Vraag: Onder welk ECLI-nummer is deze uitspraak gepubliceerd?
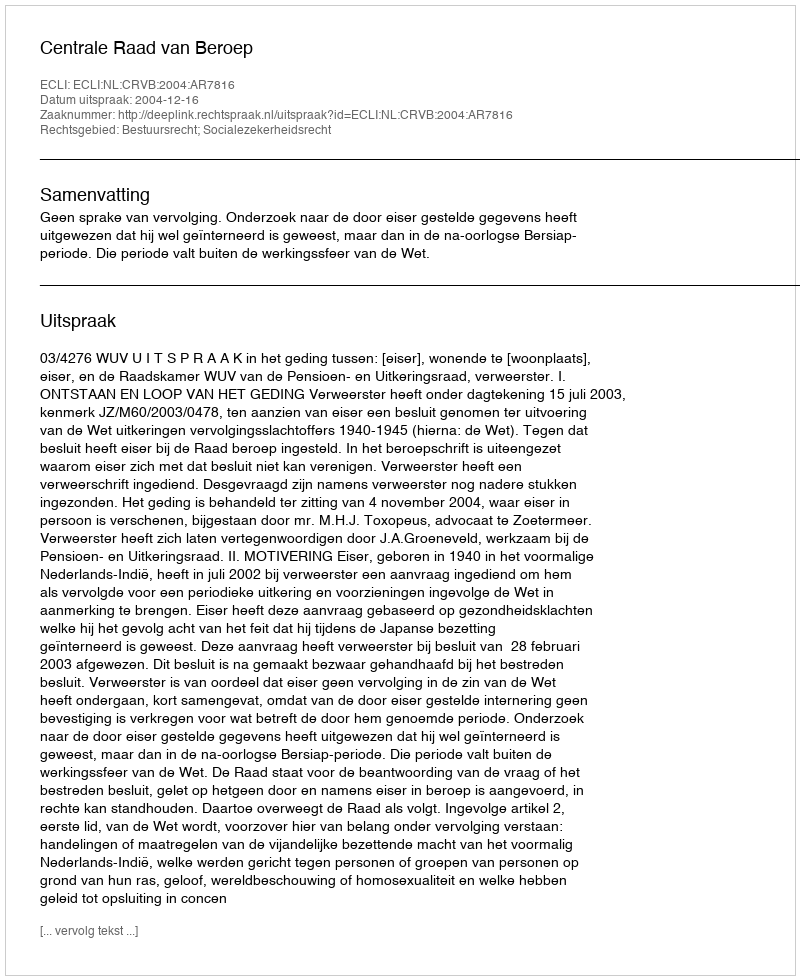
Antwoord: ECLI:NL:CRVB:2004:AR7816